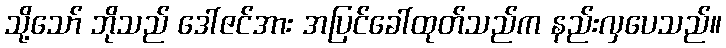
သို့သော် ဘိုသည် ဒေါ်ဇင်အား အပြင်ခေါ်ထုတ်သည်က နည်းလှပေသည်။